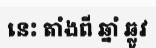
នេះ តាំងពី ឆ្នាំ ឆ្លូវ